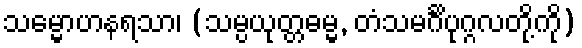
သမ္မောဟနရသာ၊ (သမ္ပယုတ္တဓမ္မ, တံသမင်္ဂိပုဂ္ဂလတို့ကို)